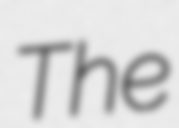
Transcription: The